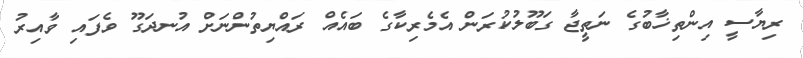
ރިޔާސީ އިންތިޚާބުގެ ނަތީޖާ ގަބޫލުކުރަން އެމެރިކާގެ ބައެއް ރައްޔިތުންނަށް އުނދަގޫ ވެފައި ވާއިރު